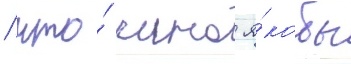
/ что́ чино я́кобы